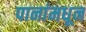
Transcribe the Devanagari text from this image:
पानांमधून